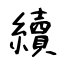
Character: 續